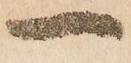
一